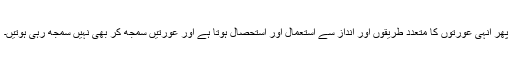
پھر انہی عورتوں کا متعدد طریقوں اور انداز سے استعمال اور استحصال ہوتا ہے اور عورتیں سمجھ کر بھی نہیں سمجھ رہی ہوتیں۔